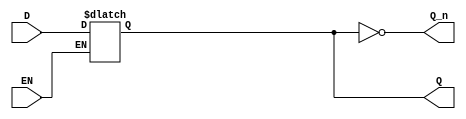
module latch_register (
    input wire D,        // Data Input
    input wire EN,       // Enable Signal
    output reg Q,        // Data Output
    output wire Q_n      // Inverted Output
);
    
    // Inverted Output
    assign Q_n = ~Q;

    // Always block for level-sensitive latch behavior
    always @(*) begin
        if (EN) begin
            Q = D;  // Capture input when EN is high
        end
        // If EN is low, Q retains its previous value (default behavior)
    end

endmodule